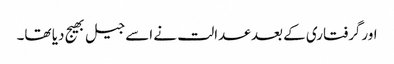
اورگرفتاری کے بعد عدالت نے اسے جیل بھیج دیا تھا۔